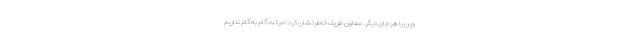
وین یا هر جای دیگر. معاون ظریف خاطرنشان کرد: حرکت گام به گام نداریم